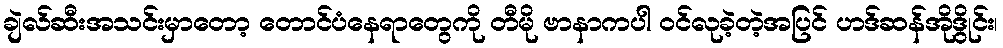
ချဲလ်ဆီးအသင်းမှာတော့ တောင်ပံနေရာတွေကို တီမို ဗာနာကပါ ဝင်လုခဲ့တဲ့အပြင် ဟဒ်ဆန်အိုဒွိုင်း၊